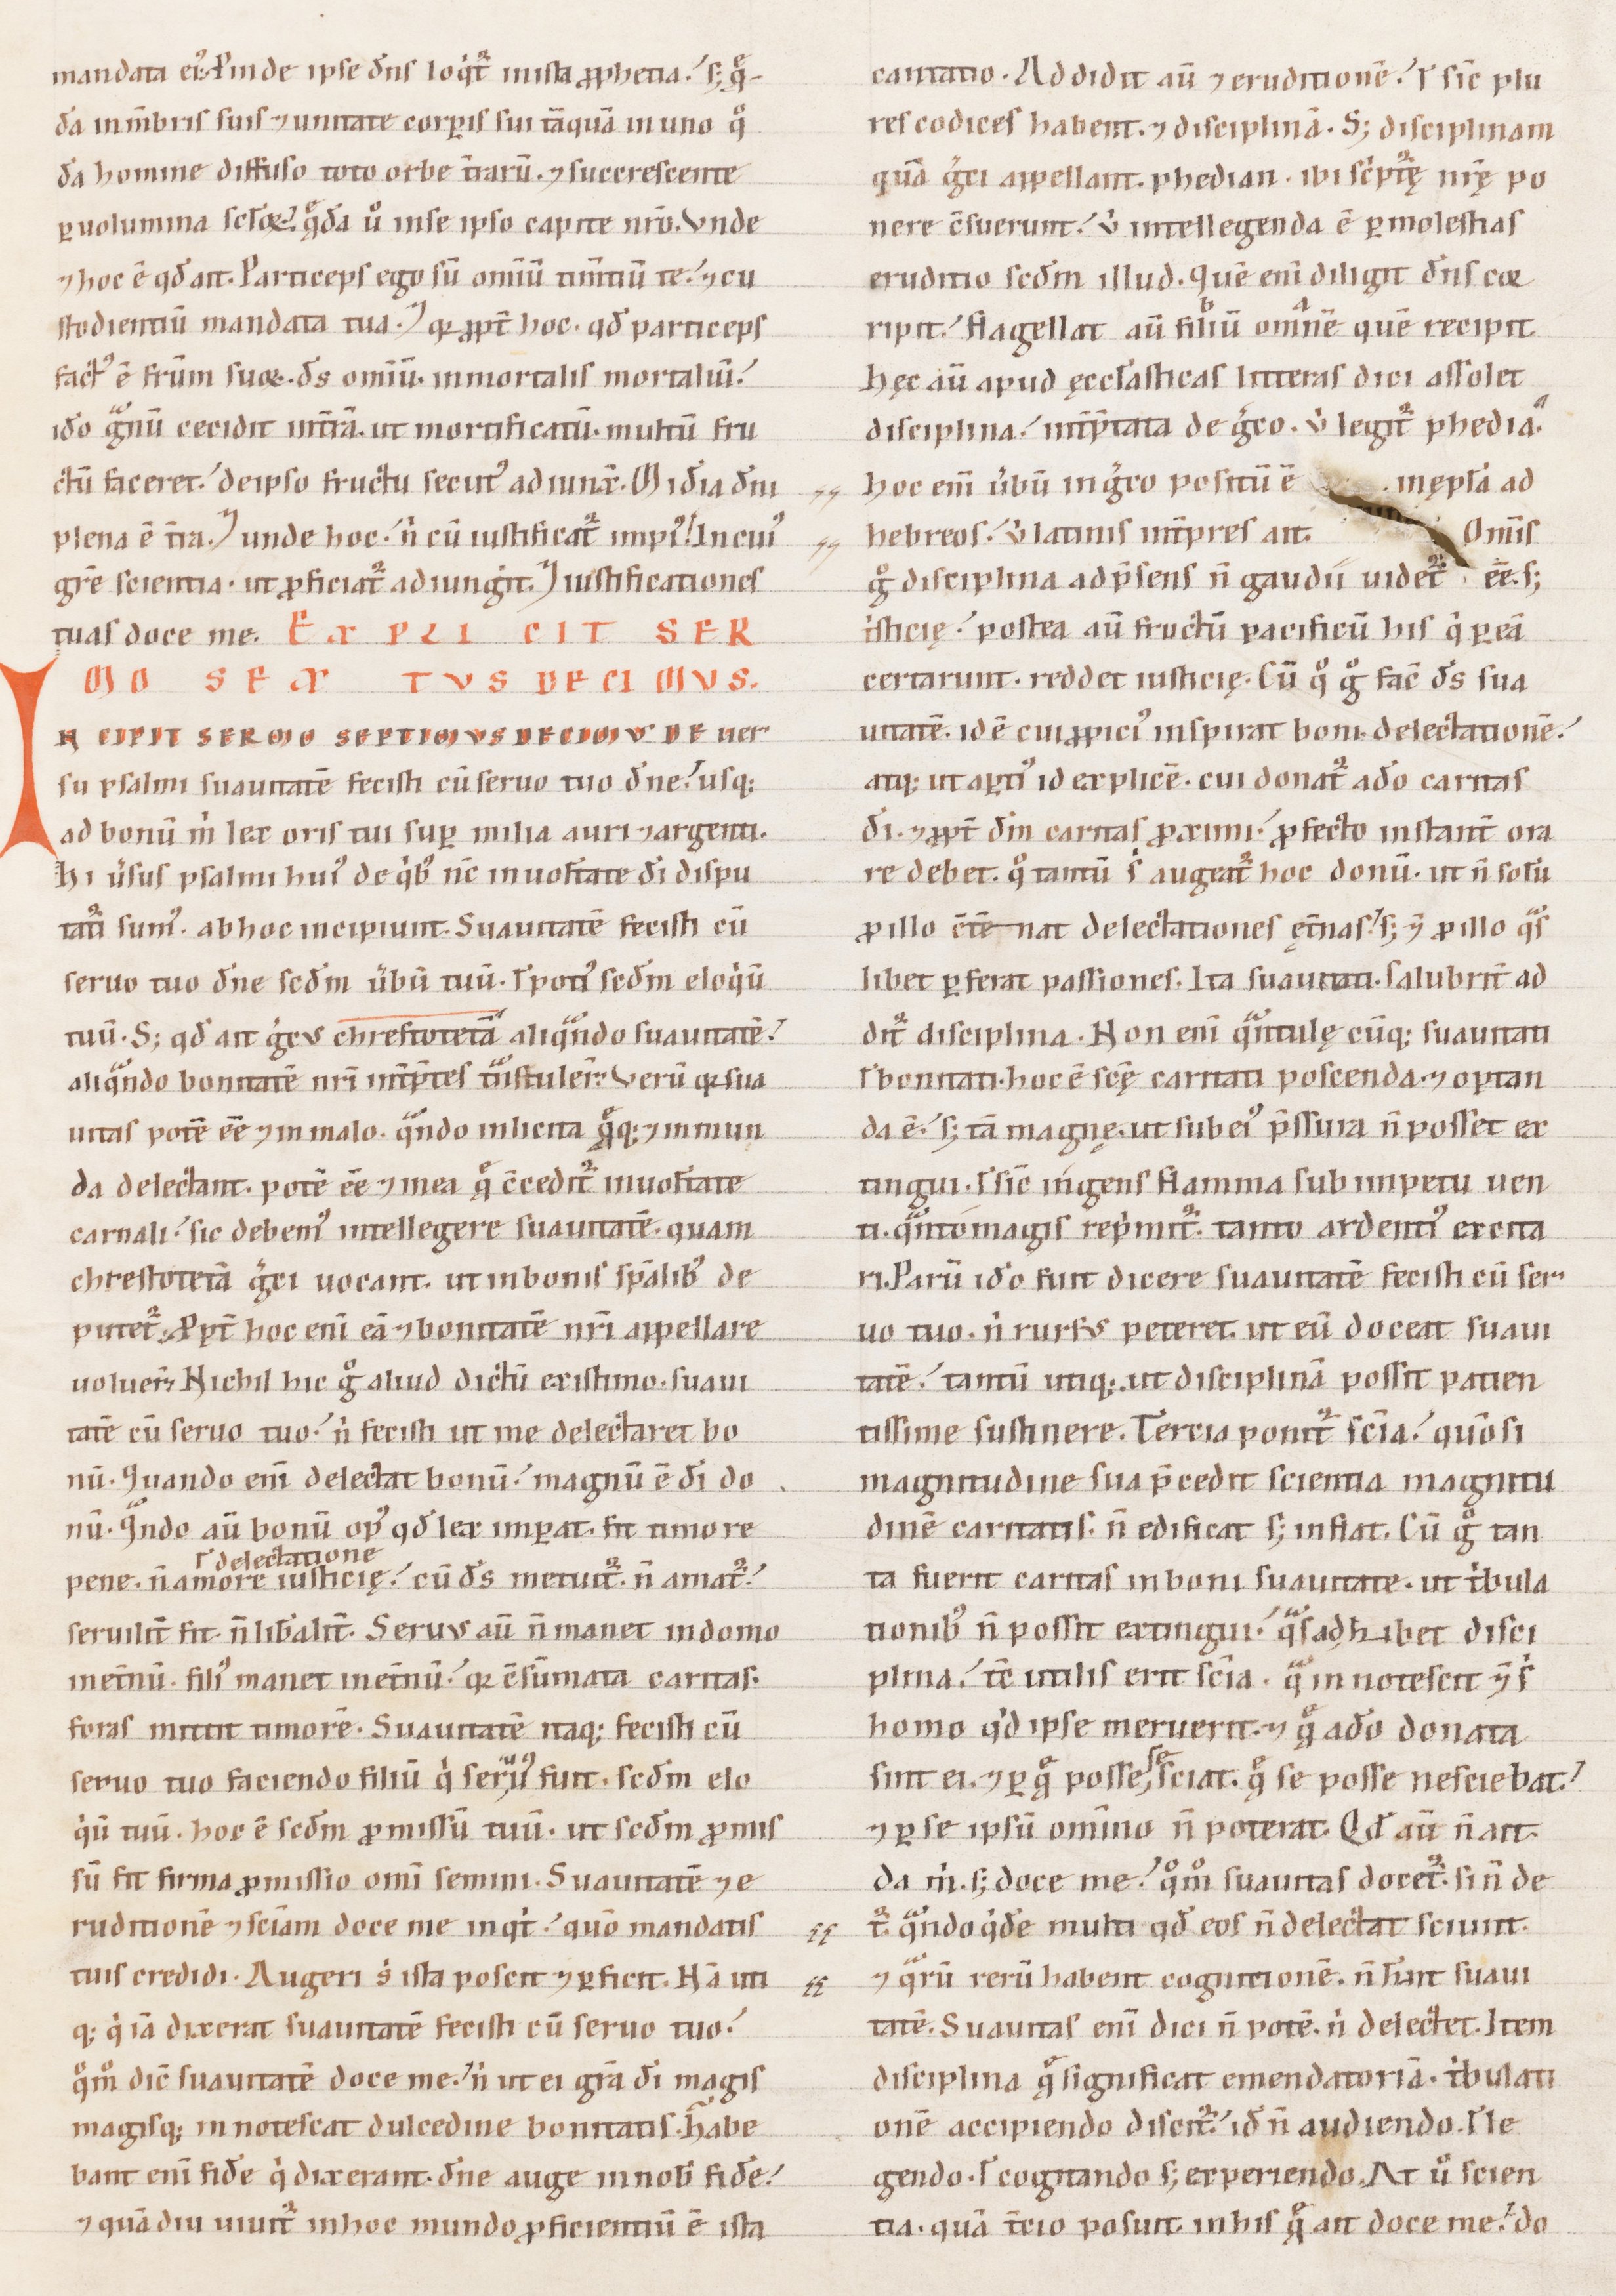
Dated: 1100–1199